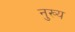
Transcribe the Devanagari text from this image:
नुख्य